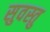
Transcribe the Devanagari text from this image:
सुवस्तु